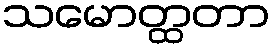
သမောတ္ထတာ